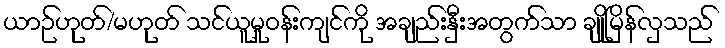
ယာဉ်ဟုတ်/မဟုတ် သင်ယူမှုဝန်းကျင်ကို အချည်းနှီးအတွက်သာ ချိုမြိန်လှသည်